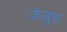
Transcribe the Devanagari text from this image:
जेजुरु